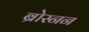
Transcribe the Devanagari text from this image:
ब्रोस्नन